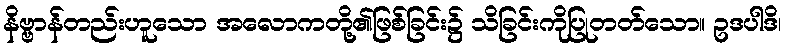
နိဗ္ဗာန်တည်းဟူသော အလောကတို့၏ဖြစ်ခြင်း၌ သိခြင်းကိုပြုတတ်သော။ ဥဒပါဒိ၊